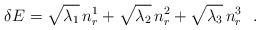
\begin{align*} \delta E = \sqrt{\lambda_1} \, n_r^1 + \sqrt{\lambda_2} \, n_r^2 + \sqrt{\lambda_3 }\, n_r^3 ~~.\end{align*}